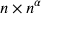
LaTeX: n \times n ^ { \alpha }